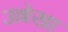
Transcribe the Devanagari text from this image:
उल्लेखा